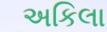
અકિલા